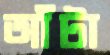
আঁটা